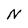
Character: N